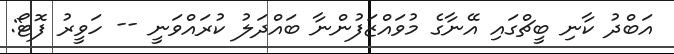
އަބްދު ކާނި ބީޗްގައި އޭނާގެ މުވައްޒަފުންނާ ބައްދަލު ކުރައްވަނީ -- ހަވީރު ފޮޓޯ: